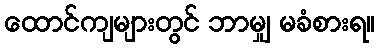
ထောင်ကျများတွင် ဘာမျှ မခံစားရ။